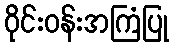
ဝိုင်းဝန်းအကြံပြု